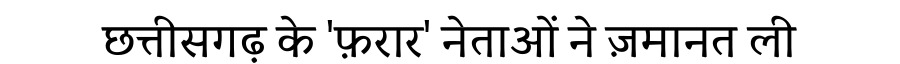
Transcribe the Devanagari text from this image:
छत्तीसगढ़ के 'फ़रार' नेताओं ने ज़मानत ली